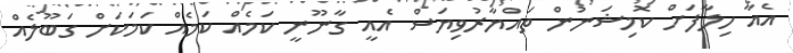
އެއާ ހިލާފަށް ކޮމިޝަނުން ތައްޔާރުވިޔަސް އެއީ ގާނޫނީ ކަމެއް ކަމެއް ކަމަކަށް ގަބޫލެއް